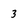
Character: 3